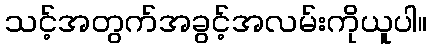
သင့်အတွက်အခွင့်အလမ်းကိုယူပါ။